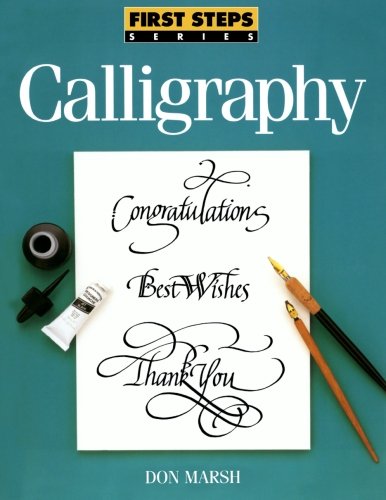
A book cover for Calligraphy (First Steps Series); Don Marsh; Arts & Photography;